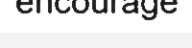
encourage